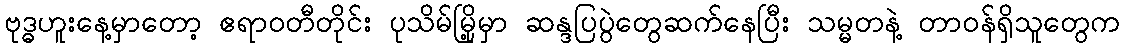
ဗုဒ္ဓဟူးနေ့မှာတော့ ဧရာဝတီတိုင်း ပုသိမ်မြို့မှာ ဆန္ဒပြပွဲတွေဆက်နေပြီး သမ္မတနဲ့ တာဝန်ရှိသူတွေက